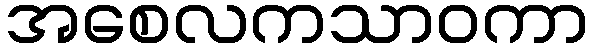
အစေလကသာဝကာ